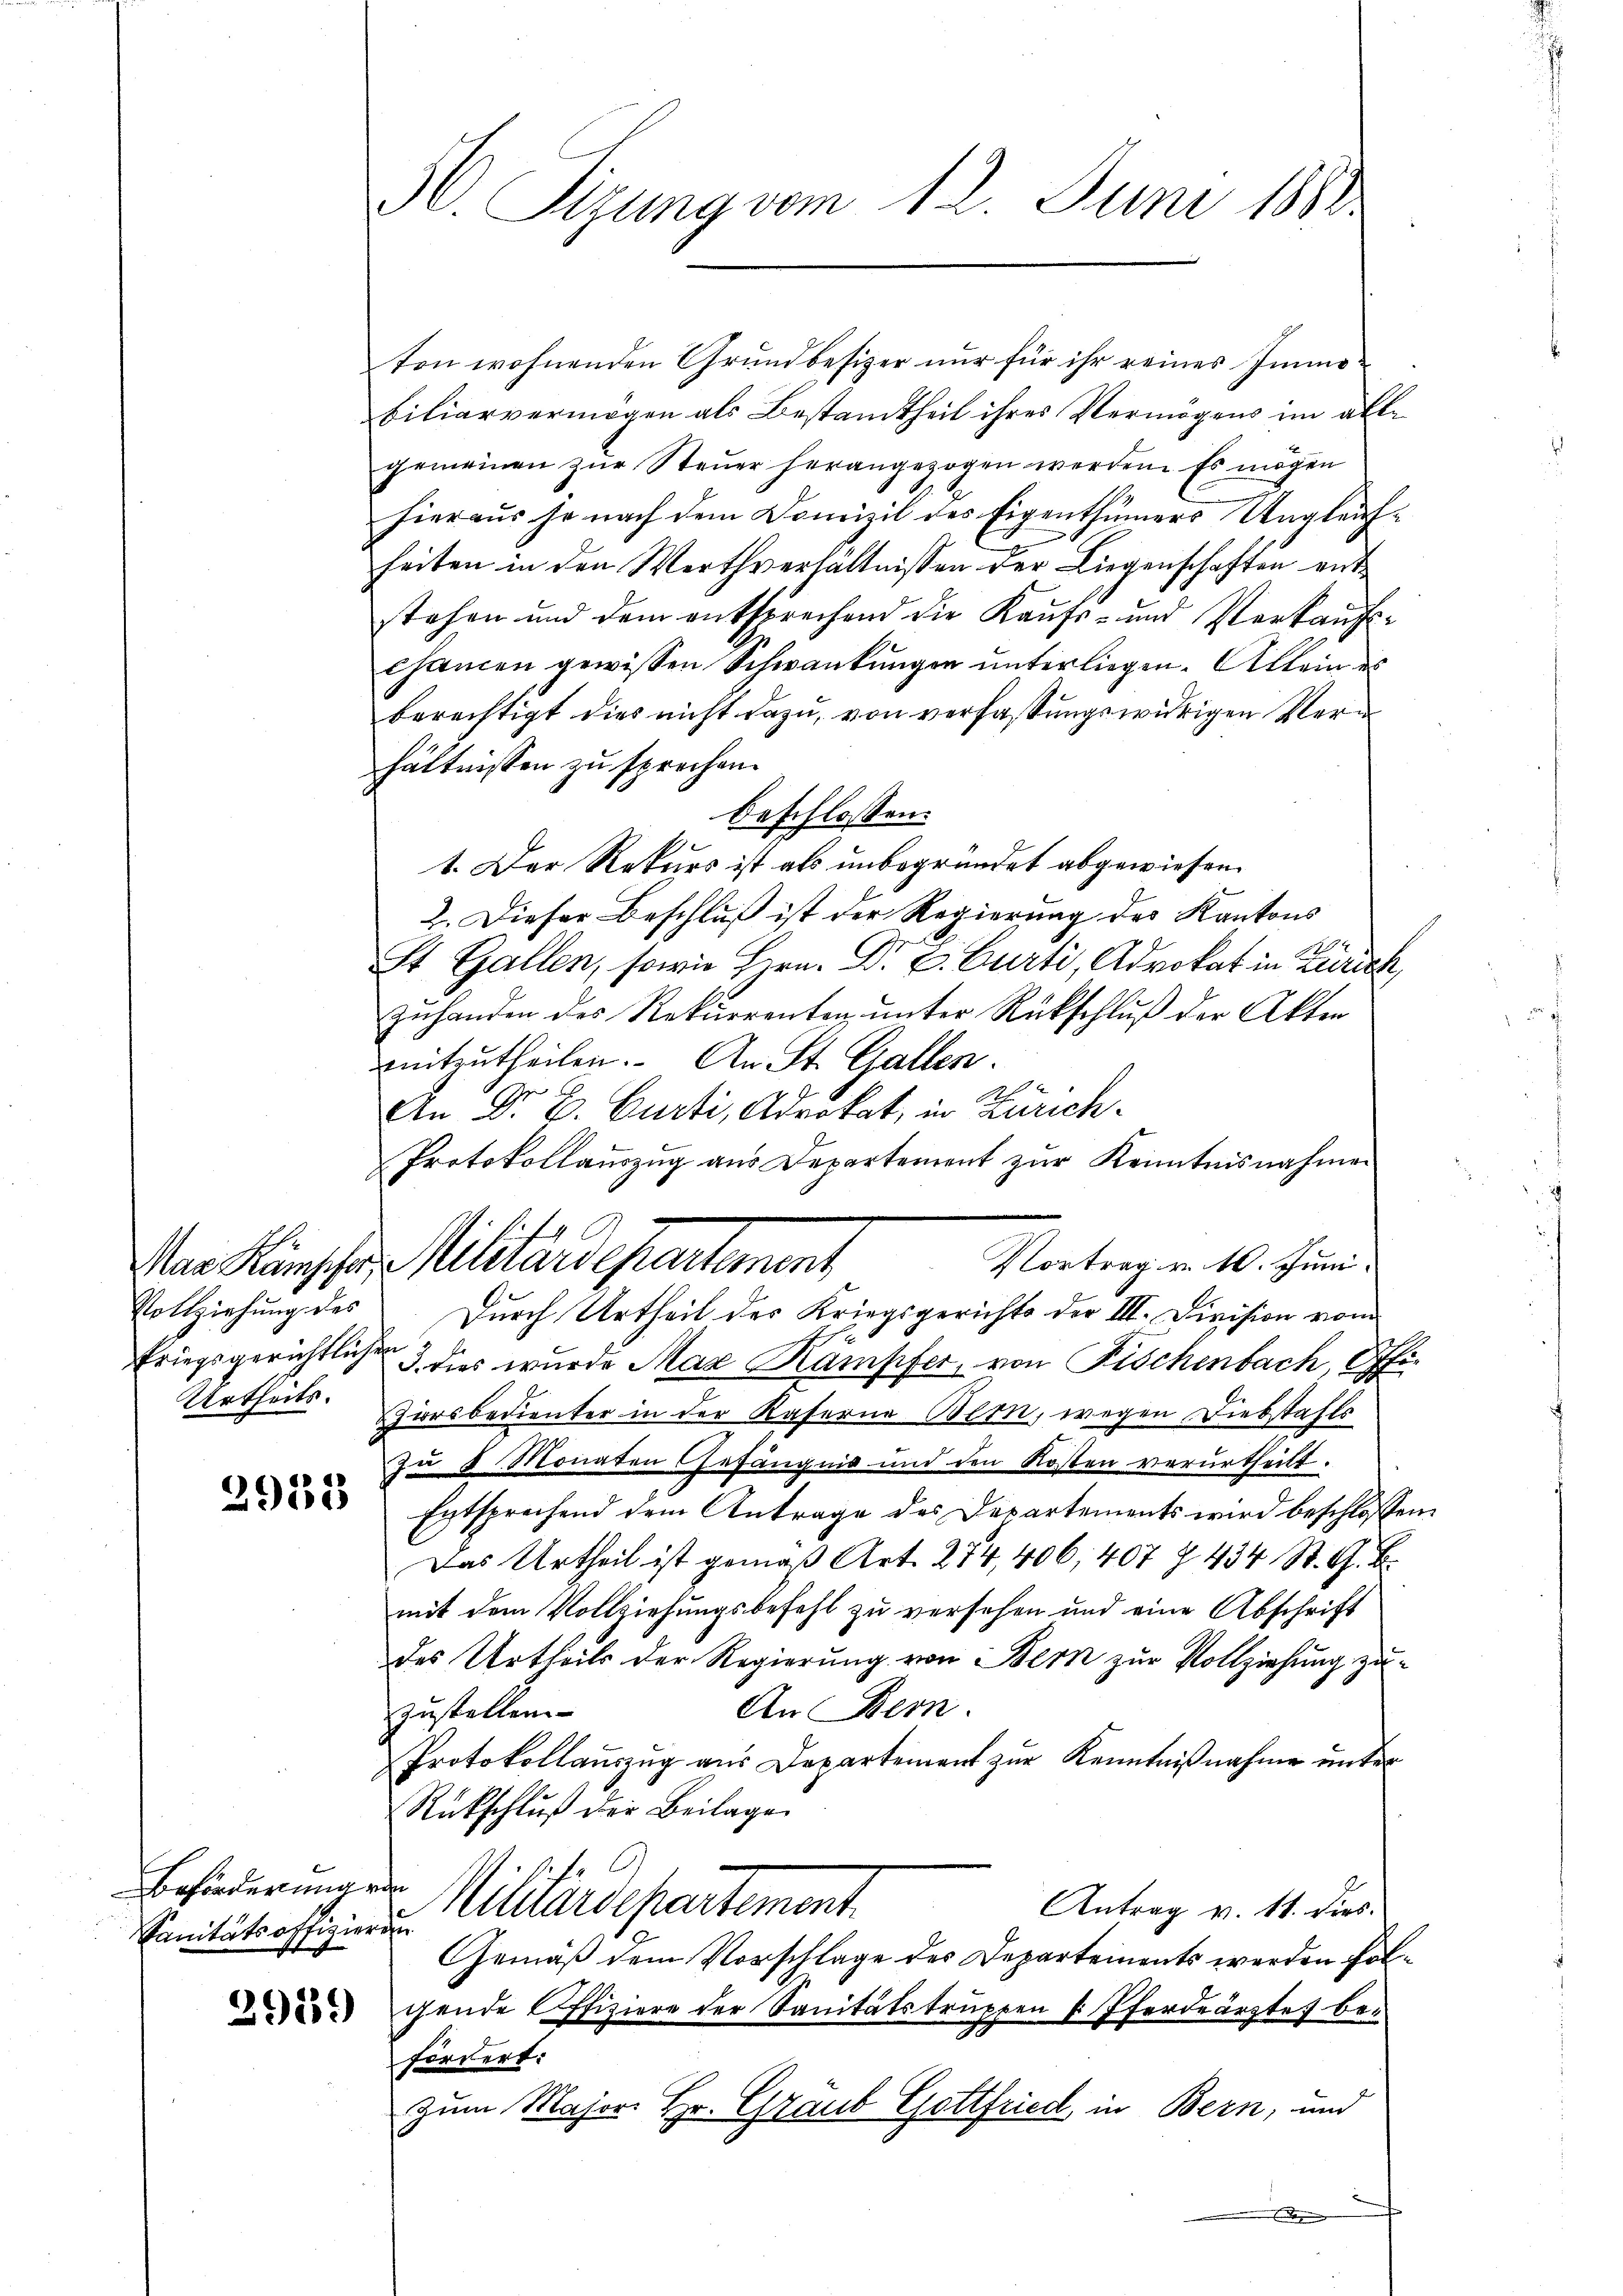
Vollziehung des
Urtheils.

2933

Beförderung ein
Sanitätsoffizierung

30. Sizung vom 12. Juni 1888

ten wohnenden Grundbesizer nur für ihr reines Immobiliarvermögen als Bestamtheil ihres Vermögens im alle
gemeinen zur Steuer herangezogen werden. Es mögen
hieraus so nach dem Domizil des Eigenthümers Ungleichheiten in den Werthverhältnissen der Liegenschaften entstehen und dem entsprechend die Kaufs- und Verkaŭfs-
Chancen gewissen Schwankungen unterliegen. Allein des
berechtigt dies nicht dazu, von verfassungswidrigen Verhältnissen zu sprechen.
beschlossen:
1. Der Rekurs ist als unbegründet abgewiesen.
2. Dieser Beschluß ist der Regierung des Kantons
St. Gallen, sowie Hrn. Dr E. Curti, Advokat in Zürich,
zuhanden des Rekurrenten, unter Rückschluß der Akten
mitzutheilen. An St. Gallen.
An Dr E. Curti, Advokat, in Zürich¬
Protokollauszug aus Departement zur Kenntnisnahmen
Durch Urtheil des Kriegsgerichts der III. Division vom
Eriegsgerichtlicher dies wurde Max Kämpfer, von Fischenbach, Offi¬
Hiorsbedienter in der Kaserne Bern, wegen Diebstahls
zu 8 Monaten Gefängnis und den Kosten verurtheilt.
Entsprechend dem Antrage des Departements wird beschlossene
Das Urtheil ist gemäβ Art. 274, 406, 407 Z. 434 St. G. B.
mit dem Vollziehungsbefehl zu versehen und eine Abschrift
des Urtheils der Regierung von Bern zur Vollziehung zu-
An Bern.
zustellen
Protokollauszug aus Departement zur Kenntnißnahme unter
Rückschluß der Beilage
C.
Mitleisepartement
Antrag v. 14. dies
Gemäß dem Vorschlage des Departements werden fol¬
 gende Offiziere der Sanitätstruppen u. Pferdeärztes befordert:
Zum Major Hr. Graub Gottfried in Bern, und
.

Vortrag v. M. Juni.
An Künschen Militärdepartement